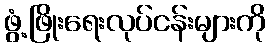
ဖွံ့ဖြိုးရေးလုပ်ငန်းများကို